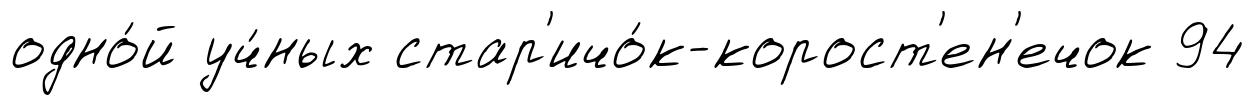
одно́й уч́ных стар'ичо́к-корост'ен'ечок 94